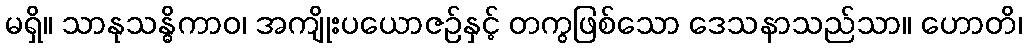
မရှိ။ သာနုသန္ဓိကာဝ၊ အကျိုးပယောဇဉ်နှင့် တကွဖြစ်သော ဒေသနာသည်သာ။ ဟောတိ၊